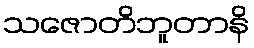
သဇောတိဘူတာနိ